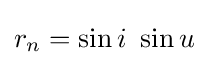
r_{n}=\sin i\ \sin u